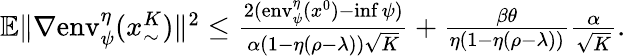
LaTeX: \begin{array}{r}{\mathbb{E}\| \nabla\mathrm{env}_{\psi}^{\eta}(x_{\sim}^{K})\| ^{2}\leq\frac{2(\mathrm{env}_{\psi}^{\eta}(x^{0})-\operatorname*{inf}\psi)}{\alpha(1-\eta(\rho-\lambda))\sqrt{K}}+\frac{\beta\theta}{\eta(1-\eta(\rho-\lambda))}\frac{\alpha}{\sqrt{K}}.}\end{array}